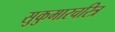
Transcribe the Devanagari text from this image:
सुकुमारचरित्र